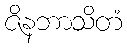
ဇိနဘာသိတံ